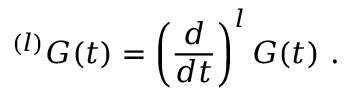
{ } ^ { ( l ) } G ( t ) = \left( { \frac { d } { d t } } \right) ^ { l } G ( t ) \ .